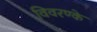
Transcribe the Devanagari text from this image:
विवरण्के